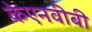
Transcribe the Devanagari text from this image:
केएनवीबी